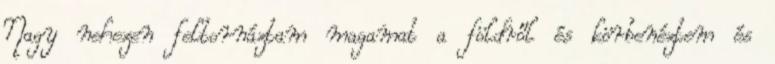
Nagy nehezen feltornáztam magamat a földről és körbenéztem és